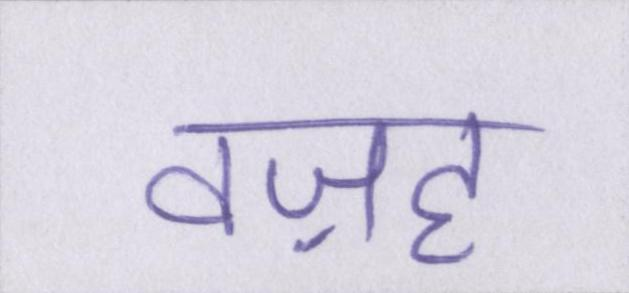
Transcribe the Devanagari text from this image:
वज़ह